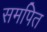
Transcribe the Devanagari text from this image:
समपित